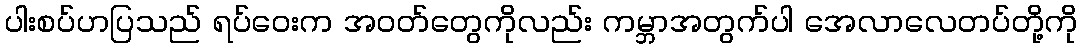
ပါးစပ်ဟပြသည် ရပ်ဝေးက အဝတ်တွေကိုလည်း ကမ္ဘာအတွက်ပါ အေလာလေတပ်တို့ကို